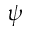
\psi